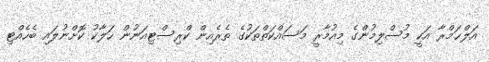
އަލްޙަމްރާ އަކީ މުސްލިމުންގެ މިއުމާރީ މަސައްކަތްތަކުގެ ތެރެއިން ކްރިސްޓިއަނުން ހަލާކު ކޮށްނުލައި ބެހެެއްޓި